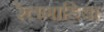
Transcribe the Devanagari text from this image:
रेलगाडिया